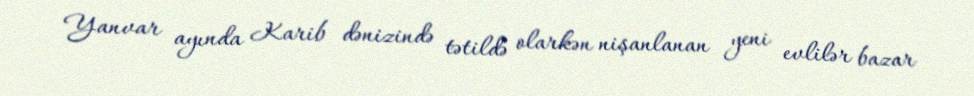
Yanvar ayında Karib dənizində tətildə olarkən nişanlanan yeni evlilər bazar